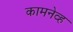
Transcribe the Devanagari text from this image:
कामनेव्ह